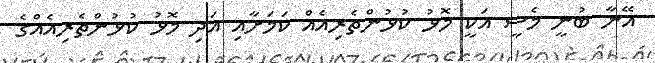
އޭނާ ބުނީ މެސީ އަކީ މޮޅު ކުޅުންތެރިއެއް ކަމަށާއި އަދި މޮޅު ކުޅުންތެރިއެއްގެ